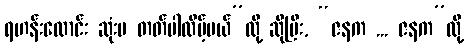
ရဟန်းလောင်း ဆုံးမ တတ်ပါလိမ့်မယ်”လို့ ဆိုပြီး, “ဇနက ... ဇနက”လို့